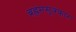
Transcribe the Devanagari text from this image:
ब्रह्रमसूत्रकार